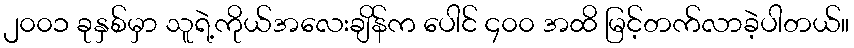
၂၀၀၁ ခုနှစ်မှာ သူရဲ့ကိုယ်အလေးချိန်က ပေါင် ၄၀၀ အထိ မြင့်တက်လာခဲ့ပါတယ်။